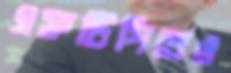
এফটিপিতেও